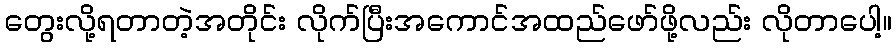
တွေးလို့ရတာတဲ့အတိုင်း လိုက်ပြီးအကောင်အထည်ဖော်ဖို့လည်း လိုတာပေါ့။